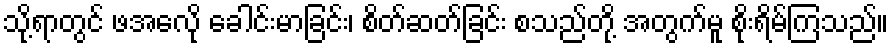
သို့ရာတွင် ဖအေလို ခေါင်းမာခြင်း၊ စိတ်ဆတ်ခြင်း စသည်တို့ အတွက်မူ စိုးရိမ်ကြသည်။